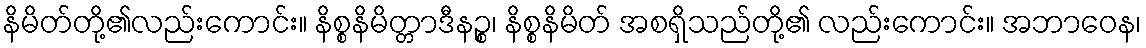
နိမိတ်တို့၏လည်းကောင်း။ နိစ္စနိမိတ္တာဒီနဉ္စ၊ နိစ္စနိမိတ် အစရှိသည်တို့၏ လည်းကောင်း။ အဘာဝေန၊